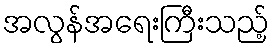
အလွန်အရေးကြီးသည့်